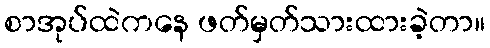
စာအုပ်ထဲကနေ ဖတ်မှတ်သားထားခဲ့တာ။